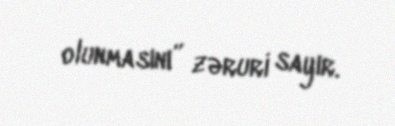
olunmasını” zəruri sayır.